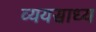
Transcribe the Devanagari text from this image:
व्‍ययसाध्‍य